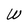
Character: W